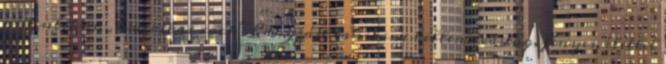
autentikus, „amerikai rock” hangzást tanítani kellene; vastag, fényes, élettel